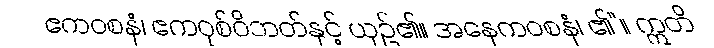
ဧကဝစနံ၊ ဧကဝုစ်ဝိဘတ်နှင့် ယှဉ်၏။ အနေကဝစနံ၊ ၏”။ ဣတိ